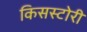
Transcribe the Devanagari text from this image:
किसस्टोरी